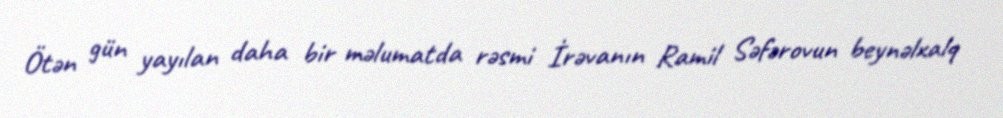
Ötən gün yayılan daha bir məlumatda rəsmi İrəvanın Ramil Səfərovun beynəlxalq